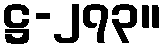
ဋ္ဌ-၂၇၃။